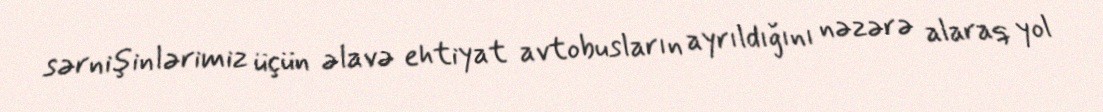
sərnişinlərimiz üçün əlavə ehtiyat avtobusların ayrıldığını nəzərə alaraq yol